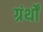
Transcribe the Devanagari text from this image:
ग्रंर्थों